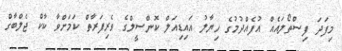
މިފަދަ ފިސްތޯލައެއް އުފެއްދުމުގެ ހިޔާލު އައިޑިއަލް ކޮންސީލްގެ ވެރިފަރާތް ކަމަށްވާ ކާކް ޖެލްބާގް